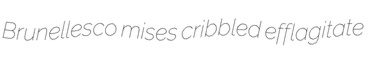
Brunellesco mises cribbled efflagitate